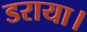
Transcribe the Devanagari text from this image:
डराया।